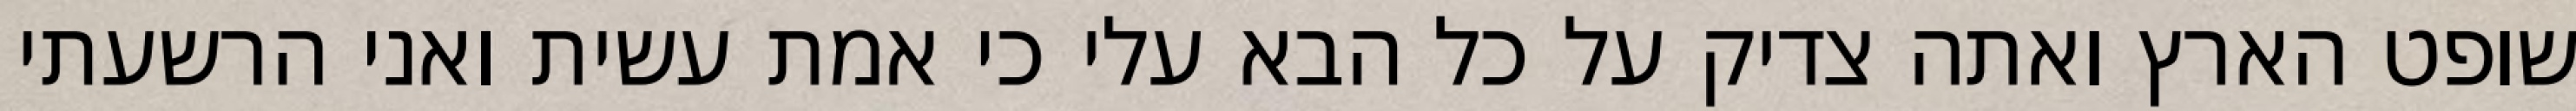
שופט הארץ ואתה צדיק על כל הבא עלי כי אמת עשית ואני הרשעתי